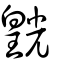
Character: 皝